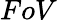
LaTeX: FoV